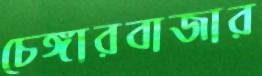
চেঙ্গারবাজার